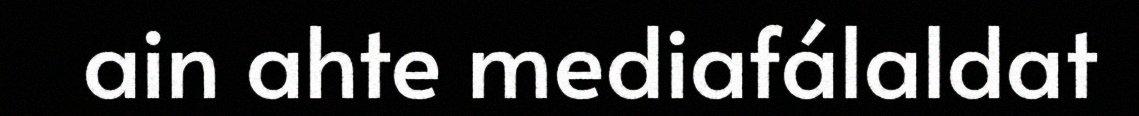
ain ahte mediafálaldat